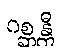
ဂစ္ဆန္တီ